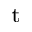
^ \mathrm { t }